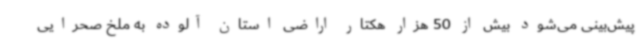
پیش‌بینی می‌شود بیش از 50 هزار هکتار اراضی استان آلوده به ملخ صحرایی